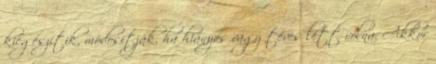
kiegészítik, módosítják, ha hiányos vagy téves lett volna. Akkor